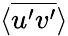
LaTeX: \langle\overline{{u^{\prime}v^{\prime}}}\rangle